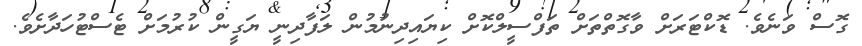
ގޮސް ވަނެވެ. ޑޮކްޓަރަށް ވާގޮތްތަށް ތަފްސީލްކޮށް ކިޔައިދިނުމުން ލަފާދިނީ ޔަގީން ކުރުމަށް ޓެސްޓުހަދާށެވެ.